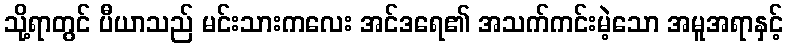
သို့ရာတွင် ပီယာသည် မင်းသားကလေး အင်ဒရေ၏ အသက်ကင်းမဲ့သော အမူအရာနှင့်